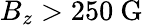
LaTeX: B_{z}>250\ \mathrm{G}